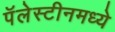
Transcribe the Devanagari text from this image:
पॅलेस्टीनमध्ये